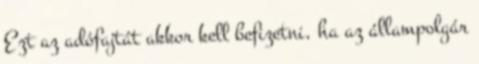
Ezt az adófajtát akkor kell befizetni, ha az állampolgár